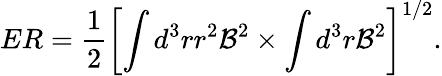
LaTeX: ER=\frac{1}{2}\left[\int d^{3}rr^{2}{\cal B}^{2}\times\int d^{3}r{\cal B}^{2}\right]^{1/2}.